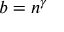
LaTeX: b = n ^ { \gamma }